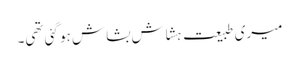
میری طبیعت ہشاش بشاش ہو گئی تھی۔